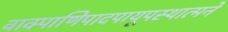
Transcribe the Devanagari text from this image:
वाक्पाणिपादपायूपस्थात्मने